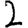
Digit: 2